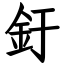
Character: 釪